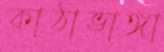
কাঠাভাঙ্গা